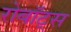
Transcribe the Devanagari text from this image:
रोबॉट्स